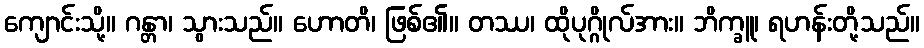
ကျောင်းသို့။ ဂန္တာ၊ သွားသည်။ ဟောတိ၊ ဖြစ်၏။ တဿ၊ ထိုပုဂ္ဂိုလ်အား။ ဘိက္ခူ၊ ရဟန်းတို့သည်။